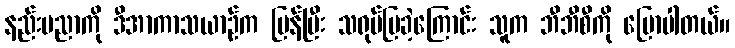
နည်းပညာကို ဒီအာကာသယာဉ်က ပြန်ပြီး သရုပ်ပြခဲ့ကြောင်း သူက ဘီဘီစီကို ပြောပါတယ်။